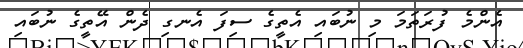
އެންމެ ފުރަތަމަ މި ނުބައި އެތީގެ ސިފަ އެނގި ދެން އޭތީގެ ނުބައި